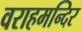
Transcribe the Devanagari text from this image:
वराहमन्दिर